Studies on the mouth parts a Comparative anatomy of the proboscis in the blood-sucking muscidae - Number 60
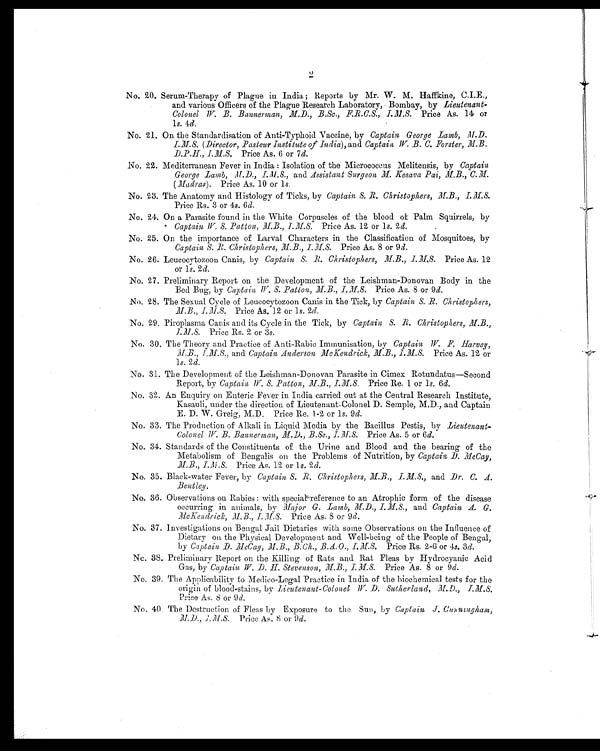
2
No. 20. Serum-Therapy of Plague in India; Reports by Mr. W. M. Haffkine, C.I.E.,
and various Officers of the Plague Research Laboratory, Bombay, by Lieutenant-
Colonel W. B. Bannerman, M.D., B.Sc., F.R.C.S., I.M.S. Price As. 14 or
1s. 4d.
No. 21. On the Standardisation of Anti-Typhoid Vaccine, by Captain George Lamb, M.D.
I.M.S. (Director, Pasteur Institute of India), and CaptainW. B. C. Forster, M.B.
D.P.H., I.M.S. Price As. 6 or 7d.
No. 22. Mediterranean Fever in India: Isolation of the Micrococcus Melitensis, by Captain
George Lamb, M.D.,
I.M.S.,
and Assistant Surgeon M. Kesava Pai, M.B., C.M.
(Madras). Price As. 10 or 1s.
No. 23. The Anatomy and Histology of Ticks, by Captain S. R. Christophers, M.B., I.M.S.
Price Rs. 3 or 4s. 6d.
No. 24. On a Parasite found in the White Corpuscles of the blood of Palm Squirrels, by
Captain W. S. Patton, M.B., I.M.S. Price As. 12 or 1s. 2d.
No. 25. On the importance of Larval Characters in the Classification of Mosquitoes, by
Captain S. R. Christophers, M.B., I.M.S. Price As. 8 or 9d.
No. 26. Leucocytozoon Canis, by Captain S. R. Christophers, M.B., I.M.S. Price As. 12
or 1s. 2d.
No. 27. Preliminary Report on the Development of the Leishman-Donovan Body in the
Bed Bug, by Captain W.S. Patton, M.B., I.M.S. Price As. 8 or 9d.
No. 28. The Sexual Cycle of Leucocytozoon Canis in the Tick, by Captain S. R. Christophers,
M.B., I.M.S. Price As. 12 or 1s. 2d.
No. 29. Piroplasma Canis and its Cycle in the Tick, by Captain S. R. Christophers,
M.B., I.M.S. Price Rs. 2 or 3s.
No. 30. The Theory and Practice of Anti-Rabic Immunisation, by Captain W.F. Harvey,
M.B., I.M.S., and Captain Anderson McKendrick, M.B., I.M.S.. Price As. 12 or
1 s. 2d.
No. 31. The Development of the Leishman-Donovan Parasite in Cimex Rotundatus-Second
Report, by Captain W. S. Patton, M.B., I.M.S. Price Re. 1 or 1s. 6d.
No. 32. An Enquiry on Enteric Fever in India carried out at the Central Research Institute,
Kasauli, under the direction of Lieutenant-Colonel D. Semple, M.D., and Captain
E. D. W. Greig, M.D. Price Re. 1-2 or 1s. 9 d.
No. 33. The Production of Alkali in Liquid Media by the Bacillus Pestis, by Lieutenant-
Colonel W.B. Bannerman, M.D., B.Sc., .I.M.S. Price As. 5 or 6 d.
No, 34. Standards of the Constituents of the Urine and Blood and the bearing of the
Metabolism of Bengalis on the Problems of Nutrition, by Captain D. McCay,
M.B., I.M.S.,
Price As. 12 or 1s. 2 d.
No. 35. Black-water Fever, by Captain S. R. Christophers, M.B., I.M.S., and Dr. C. A.
Bentley.
No. 36. Observations on Rabies: with special reference to an Atrophic form of the disease
occurring in animals, by Major G. Lamb, M.D., I.M.S., and Captain, A. G.
McKendrick, M.B., I.M.S. Price As. 8 or 9d .
No. 37. Investigations on Bengal Jail Dietaries with some Observations on the Influence of
Dietary on the Physical Development and Well-being of the People of Bengal,
by Captain D. McCay, M.B., B.Ch., B.A.O., I.M.S. Price Rs. 2-6 or 4s. 3d.
Nc. 38. Preliminary Report on the Killing of Rats and Rat Fleas by Hydrocyanic Acid
Gas, by Captain W. D. H. Stevenson, M.B., I.M.S. Price As. 8 or 9d.
No. 39. The Applicability to Medico-Legal Practice in India of the biochemical tests for the
origin of blood-stains, by Lieutenant-Colonel Sutherland, M.D., I.M.S.
price As. 8 or 9d .
No, 40. The Destruction of Fleas by Exposure to the Sun, by Captain J. Cunningham,
M.D
., I.M.S. Price As. 8 or 9 d.